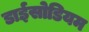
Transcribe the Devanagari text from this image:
डाईसोडियम